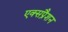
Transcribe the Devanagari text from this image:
एक्सप्रैशन